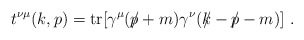
\begin{align*}t^{\nu \mu}(k,p)={\rm tr}[\gamma^{\mu}(\slash\!\!\!p+m)\gamma^{\nu}(k\!\!\!\slash-\slash\!\!\!p-m)]\,\,.\end{align*}